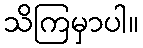
သိကြမှာပါ။